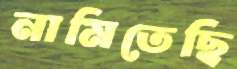
নামিতেছি